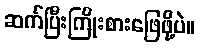
ဆက်ပြီးကြိုးစားဖြေဖို့ပဲ။